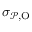
\sigma _ { \mathcal { P } , \mathrm { O } }